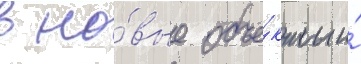
в но́вые объе́кты и́